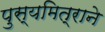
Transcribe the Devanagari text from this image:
पुस्यमित्राने